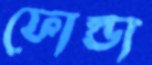
ফোল্ডা